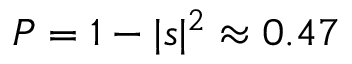
P = 1 - | s | ^ { 2 } \approx 0 . 4 7